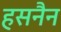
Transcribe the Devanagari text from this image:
हसनैन